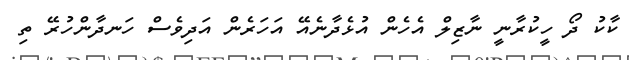
ކާކު ދޯ ހީކުރާނީ ނާޒިލް އެހެން އުޅެދާނެއޭ އަހަރެން އަދިވެސް ހަނދާންހުރޭ ތި